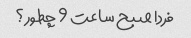
فردا صبح ساعت 9 چطور؟